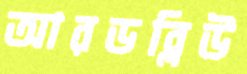
আরডব্লিউ